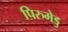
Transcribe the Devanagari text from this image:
पिरुमेडु